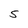
Character: 5